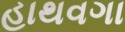
હાથવગા